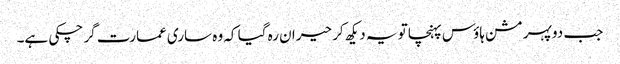
جب دوپہر مشن ہاؤس پہنچا تو یہ دیکھ کر حیران رہ گیا کہ وہ ساری عمارت گر چکی ہے۔